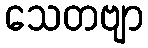
သေတဗျာ